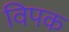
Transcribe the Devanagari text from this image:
विपक